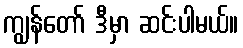
ကျွန်တော် ဒီမှာ ဆင်းပါမယ်။